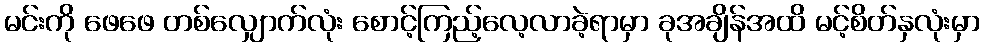
မင်းကို ဖေဖေ တစ်လျှောက်လုံး စောင့်ကြည့်လေ့လာခဲ့ရာမှာ ခုအချိန်အထိ မင့်စိတ်နှလုံးမှာ